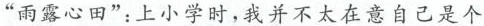
”雨露心田”：上小学时，我并不太在意自己是个